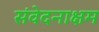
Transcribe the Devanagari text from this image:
संवेदनाक्षम